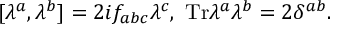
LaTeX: [ \lambda ^ { a } , \lambda ^ { b } ] = 2 i f _ { a b c } \lambda ^ { c } , \ \mathrm { T r } \lambda ^ { a } \lambda ^ { b } = 2 \delta ^ { a b } .